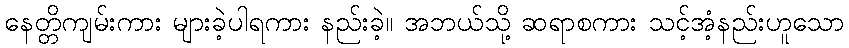
နေတ္တိကျမ်းကား များခဲ့ပါရကား နည်းခဲ့။ အဘယ်သို့ ဆရာစကား သင့်အံ့နည်းဟူသော